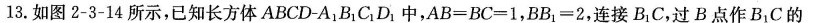
13.如图2-3-14所示，已知长方体ABCD-A_{1}B_{1}C_{1}D_{1}中，$$A B = B C = 1$$，$$B B _ { 1 } = 2$$，连接B_{1}C，过B点作B_{1}C的